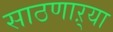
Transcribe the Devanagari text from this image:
साठणाऱ्या